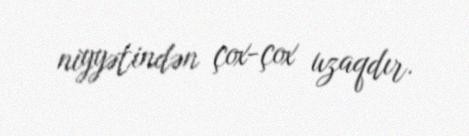
niyyətindən çox-çox uzaqdır.